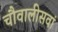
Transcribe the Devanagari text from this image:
चौवालीसवां